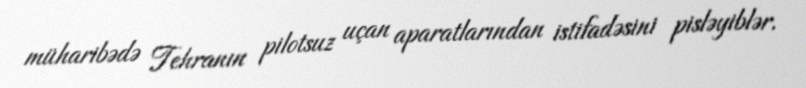
müharibədə Tehranın pilotsuz uçan aparatlarından istifadəsini pisləyiblər.